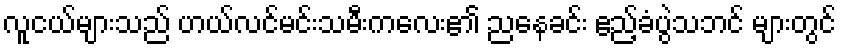
လူငယ်များသည် ဟယ်လင်မင်းသမီးကလေး၏ ညနေခင်း ဧည့်ခံပွဲသဘင် များတွင်